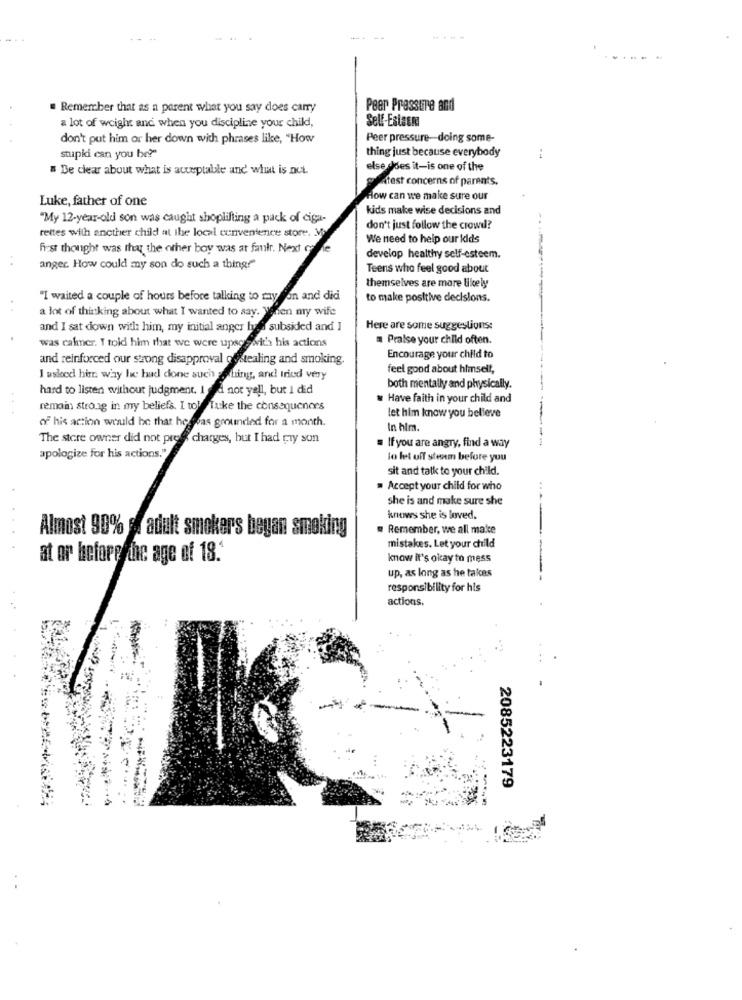
. Remember that as a parent what you say does carry
Peer Pressure and
a lot of weight and when you discipline your child,
don't put him or her down with phrases like, "How
Peer pressure-doing some-
thing just because everybody
stupidi can you be?"
Be clear about what is acceptable and' what is not.
else does it-is one of the
Atest concerns of parents.
Luke, father of one
How can we make sure our
kids make wise decisions and
"My 12-year-old son was caught shoplifting a pack of cigar-
rettes with another child at the local convenience store. M
don't just follow the crowd?
We need to help our kids
first thought was that the other boy was at faulr. Next cofde
develop healthy self-esteem.
anger. How could my son do such a thing!"
Teens who feel good about
themselves are more likely
"I waited a couple of hours before talking to may on and dici
to make positive decisions.
a lot of thinking about what I wanted to say. Wonen my wife
and I sat down with him, my initial anger bald subsided and 1
Here are some suggestions:
was cakner. I told him that we were upscs with his actions
Praise your child often.
and reinforced our strong disapproval ofstealing and smoking.
Encourage your child to
feel good about himself,
I asked him way he had done such thing, and tried very
hard to listen without judgment. I .d not yell, but I did
both mentally and physically.
Have faith in your child and
remain strong in my beliefs. I tol Tuke the consequences
let him know you believe
of his action would be that hesoas grounded for a month.
In him.
The store owner did not prese charges, but I had try sun
. If you are angry, find a way
apologize for his actions."
lo let uff steam before you
sit and talk to your child.
" Accept your child for who
she is and make sure she
knows she is loved.
Almost 90% . adult smokers began smoking
Remember, we all make
mistakes. Let your child
at or before the age of 18.
know it's okay to mess
up, as long as he takes
responsibility for his
actions.
2085223179